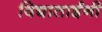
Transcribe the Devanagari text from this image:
विद्याताईंनी